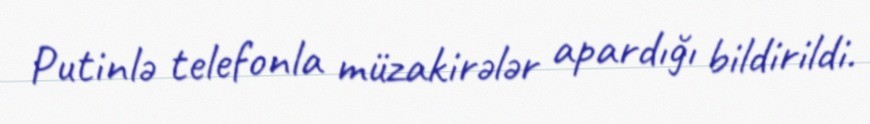
Putinlə telefonla müzakirələr apardığı bildirildi.